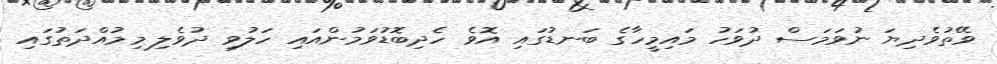
ވޭތުވެދިޔަ ނުވަމަސް ދުވަހު މައިމީހާގެ ބަނޑުގައި އޮވެ ހެދިބޮޑުވަމުންއައި ހަލުވި ދުވެލި މިމުއްދަތުގައި